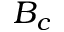
B _ { c }